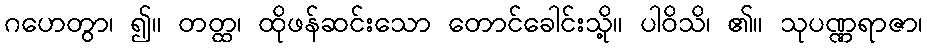
ဂဟေတွာ၊ ၍။ တတ္ထ၊ ထိုဖန်ဆင်းသော တောင်ခေါင်းသို့။ ပါဝိသိ၊ ၏။ သုပဏ္ဏရာဇာ၊